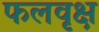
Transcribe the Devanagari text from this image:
फलवृक्ष